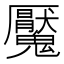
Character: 魘